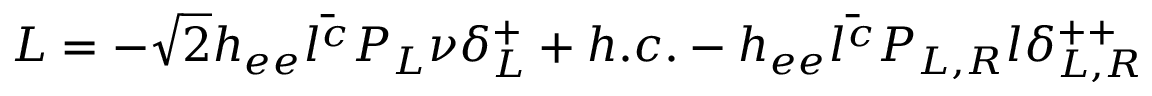
{ \cal { L } } = - \sqrt { 2 } h _ { e e } \bar { l ^ { c } } P _ { L } \nu \delta _ { L } ^ { + } + h . c . - h _ { e e } \bar { l ^ { c } } P _ { L , R } l \delta _ { L , R } ^ { + + }